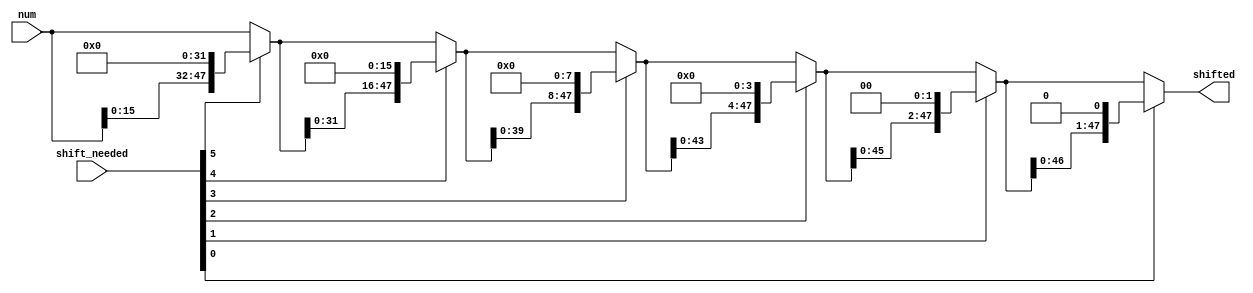
///////////////////////////////////////////////////////////////////////////
//                                                                       //
//			 48 bit left barrel shifter                      //
//                                  By                                   //
//                        Santosh Kumar Krishnan                         //
//                                                                       //
//                         'TOP - 2' level entity                        //
//                                                                       //
///////////////////////////////////////////////////////////////////////////
/*  Copyright (C) 2016  Santosh Kumar Krishnan

    This program is free software: you can redistribute it and/or modify
    it under the terms of the GNU General Public License as published by
    the Free Software Foundation, either version 3 of the License, or
    (at your option) any later version.

    This program is distributed in the hope that it will be useful,
    but WITHOUT ANY WARRANTY; without even the implied warranty of
    MERCHANTABILITY or FITNESS FOR A PARTICULAR PURPOSE.  See the
    GNU General Public License for more details.

    You should have received a copy of the GNU General Public License
    along with this program.  If not, see http://www.gnu.org/licenses/.*/
	
module barrel_shifter_48 (
num,
shift_needed,
shifted);

//inputs
input [47:0] num;
input [5:0] shift_needed;

//outputs
output [47:0] shifted;

//internal signals
wire [47:0] level0_ip;
wire [47:0] level1_ip;
wire [47:0] level2_ip;
wire [47:0] level3_ip;
wire [47:0] level4_ip;
wire [47:0] level5_ip;
wire [47:0] level0_op;
wire [47:0] level1_op;
wire [47:0] level2_op;
wire [47:0] level3_op;
wire [47:0] level4_op;
wire [47:0] level5_op;

//combinational logic

//input to level 5 of barrel shifter shifted left by 32 
assign level5_ip = {num[15:0],32'b0};

//input to level 4 of barrel shifter shifted left by 16
assign level4_ip = {level5_op[31:0],16'b0};

//input to level 3 of barrel shifter shifted left by 8
assign level3_ip = {level4_op[39:0],8'b0};

//input to level 2 of barrel shifter shifted left by 4
assign level2_ip = {level3_op[43:0],4'b0};

//input to level 1 of barrel shifter shifted left by 2
assign level1_ip = {level2_op[45:0],2'b0};

//input to level 0 of barrel shifter shifted left by 1
assign level0_ip = {level1_op[46:0],1'b0};

//output from level5
assign level5_op = (shift_needed[5] == 0)?num:level5_ip;

//output from level4
assign level4_op = (shift_needed[4] == 0)?level5_op:level4_ip;

//output from level3
assign level3_op = (shift_needed[3] == 0)?level4_op:level3_ip;

//output from level2
assign level2_op = (shift_needed[2] == 0)?level3_op:level2_ip;

//output from level
assign level1_op = (shift_needed[1] == 0)?level2_op:level1_ip;

//output from level0
assign level0_op = (shift_needed[0] == 0)?level1_op:level0_ip;

//output of barrel shifter
assign shifted = level0_op;

//end
endmodule